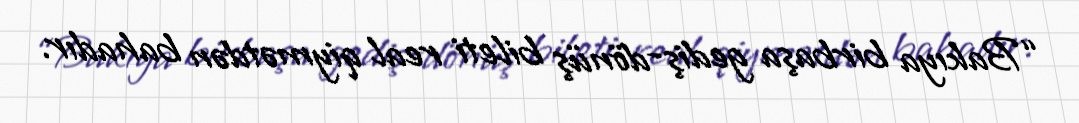
“Bakıya birbaşa gediş-dönüş bileti real qiymətdən bahadır.